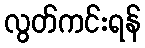
လွတ်ကင်းရန်